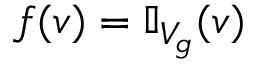
f ( v ) = \mathbb { I } _ { V _ { g } } ( v )